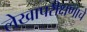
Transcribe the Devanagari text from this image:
लेखापरीक्षणाचे